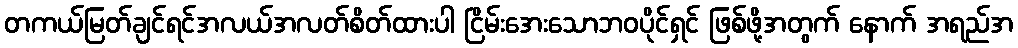
တကယ်မြတ်ချင်ရင်အလယ်အလတ်စိတ်ထားပါ ငြိမ်းအေးသောဘဝပိုင်ရှင် ဖြစ်ဖို့အတွက် နောက် အရည်အ